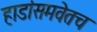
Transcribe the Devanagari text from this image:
हाडांसमवेतच